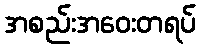
အစည်းအဝေးတရပ်